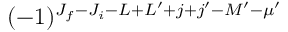
( - 1 ) ^ { J _ { f } - J _ { i } - L + L ^ { \prime } + j + j ^ { \prime } - M ^ { \prime } - \mu ^ { \prime } }